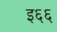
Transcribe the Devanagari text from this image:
इ६६